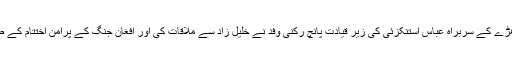
طالبان کے سیاسی دھڑے کے سربراہ عباس استنکزئی کی زیر قیادت پانچ رکنی وفد نے خلیل زاد سے ملاقات کی اور افغان جنگ کے پرامن اختتام کے طریقوں پر گفتگو کی۔